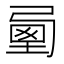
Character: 𡍯